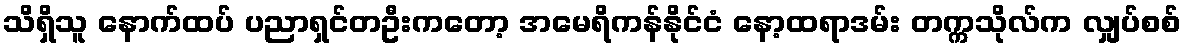
သိရှိသူ နောက်ထပ် ပညာရှင်တဦးကတော့ အမေရိကန်နိုင်ငံ နော့ထရာဒမ်း တက္ကသိုလ်က လျှပ်စစ်